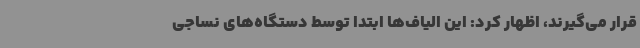
قرار می‌گیرند، اظهار کرد: این الیاف‌ها ابتدا توسط دستگاه‌های نساجی